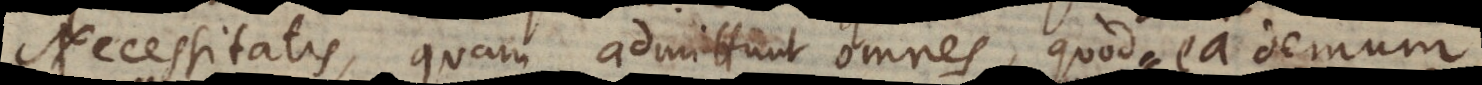
Necessitatis, quam admittunt omnes, quod ea demum